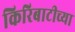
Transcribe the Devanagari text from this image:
किरिबाटीच्या